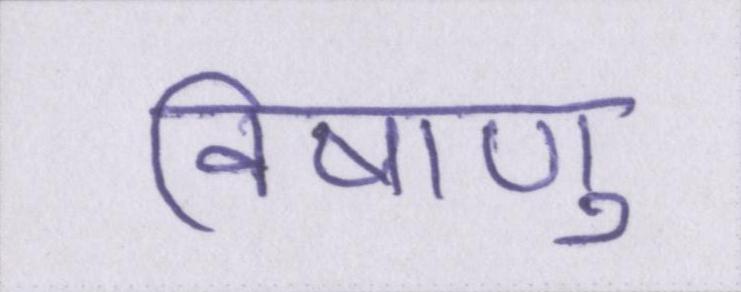
विषाणु